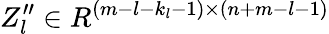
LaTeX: Z_{l}^{\prime\prime}\in R^{(m-l-k_{l}-1)\times(n+m-l-1)}